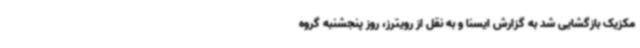
مکزیک بازگشایی شد به گزارش ایسنا و به نقل از رویترز، روز پنجشنبه گروه